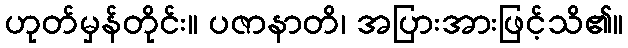
ဟုတ်မှန်တိုင်း။ ပဇာနာတိ၊ အပြားအားဖြင့်သိ၏။